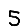
Digit: 5